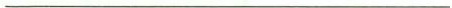
___